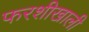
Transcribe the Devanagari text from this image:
फरशीखाली